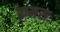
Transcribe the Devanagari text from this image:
क्रमसः